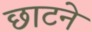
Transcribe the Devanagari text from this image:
छाटने